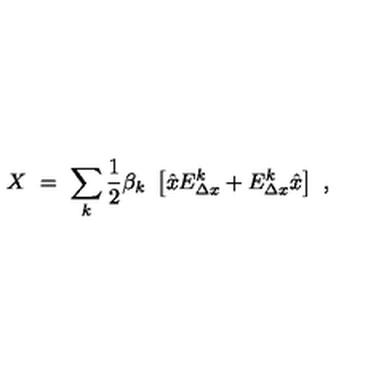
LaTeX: X \ = \ \sum _ { k } { \frac { 1 } { 2 } } \beta _ { k } \ \left[ { \hat { x } } E _ { \Delta x } ^ { k } + E _ { \Delta x } ^ { k } { \hat { x } } \right] \ ,